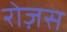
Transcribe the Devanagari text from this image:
रोज़स